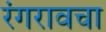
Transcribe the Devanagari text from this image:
रंगरावचा